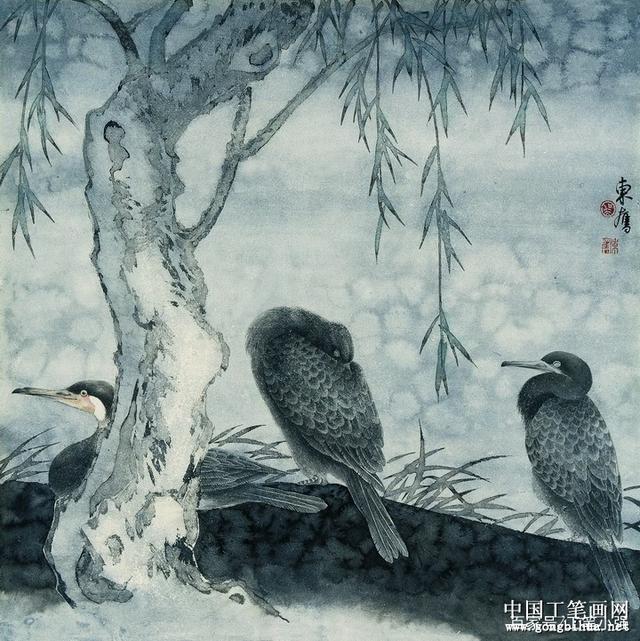
夜色银河情一片。轻帐偷欢，银烛罗屏怨。